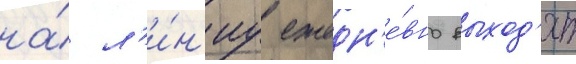
на́ л'и́н'иу ежедн'е́вно выход'ят